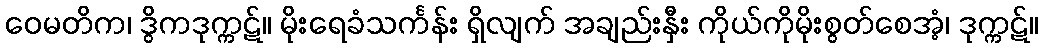
ဝေမတိက၊ ဒွိကဒုက္ကဋ်။ မိုးရေခံသင်္ကန်း ရှိလျက် အချည်းနှီး ကိုယ်ကိုမိုးစွတ်စေအံ့၊ ဒုက္ကဋ်။